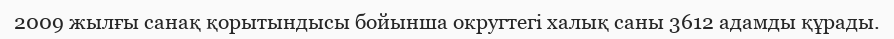
2009 жылғы санақ қорытындысы бойынша округтегі халық саны 3612 адамды құрады.